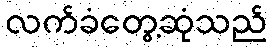
လက်ခံတွေ့ဆုံသည်